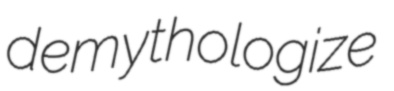
demythologize